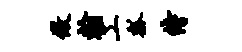
做翰工瓢侍